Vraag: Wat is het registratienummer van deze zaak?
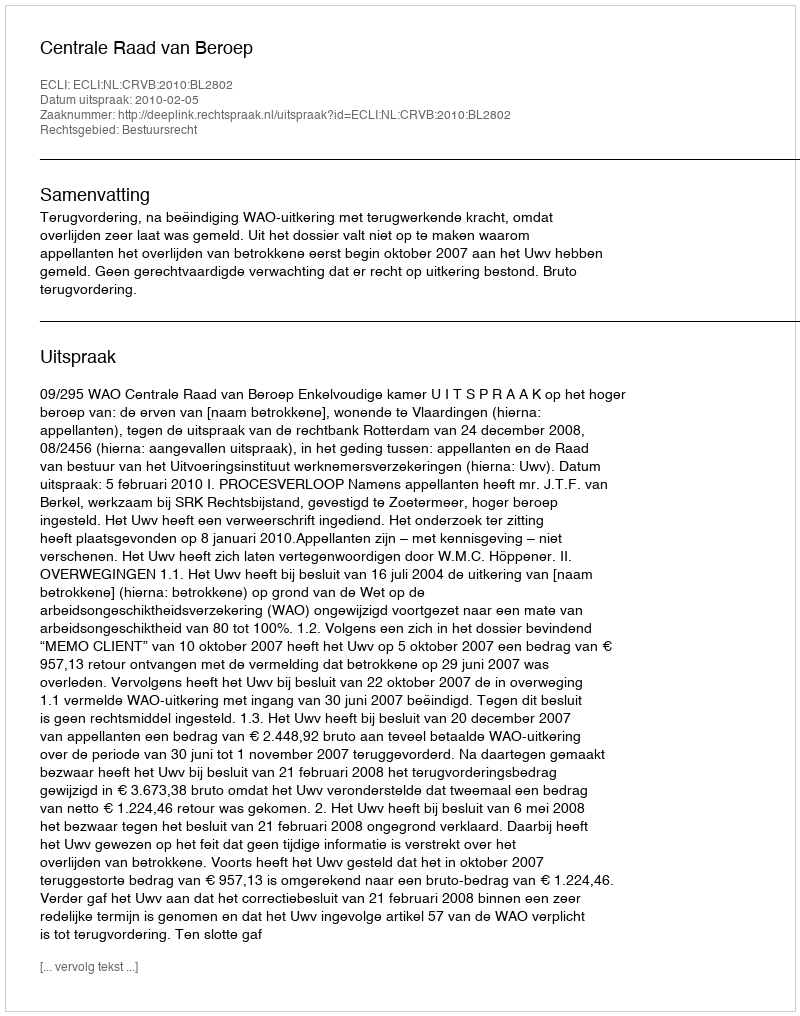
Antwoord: http://deeplink.rechtspraak.nl/uitspraak?id=ECLI:NL:CRVB:2010:BL2802